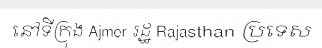
នៅទីក្រុង Ajmer រដ្ឋ Rajasthan ប្រទេស